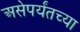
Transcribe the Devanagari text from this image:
असेपर्यंतच्या